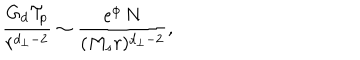
LaTeX: { \frac { G _ { d } { \cal T } _ { p } } { r ^ { d _ { \perp } - 2 } } } \sim { \frac { e ^ { \phi } \, N } { ( M _ { s } r ) ^ { d _ { \perp } - 2 } } } ,